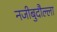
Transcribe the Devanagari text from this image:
नजीबुदौल्ला